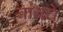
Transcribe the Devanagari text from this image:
बांधचे